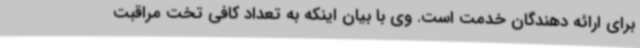
برای ارائه دهندگان خدمت است. وی با بیان اینکه به تعداد کافی تخت مراقبت